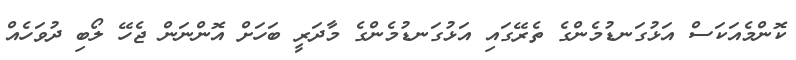
ކޮންމެއަކަސް އަޅުގަނޑުމެންގެ ތެރޭގައި އަޅުގަނޑުމެންގެ މާދަރީ ބަހަށް އޮންނަން ޖެހޭ ލޯބި ދުވަހެއް